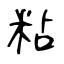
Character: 粘